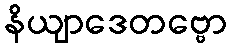
နိယျာဒေတဗ္ဗော